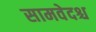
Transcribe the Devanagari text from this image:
सामवेदश्च